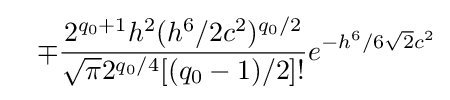
\;\;\;\mp {\frac {2^{q_{0}+1}h^{2}(h^{6}/2c^{2})^{q_{0}/2}}{{\sqrt {\pi }}2^{q_{0}/4}[(q_{0}-1)/2]!}}e^{-h^{6}/6{\sqrt {2}}c^{2}}